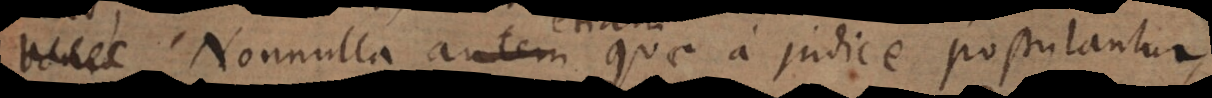
Nonnulla autem quae a judice postulantur,